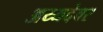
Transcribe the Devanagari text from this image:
अय्यदेवर